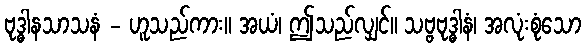
ဗုဒ္ဓါနသာသနံ - ဟူသည်ကား။ အယံ၊ ဤသည်လျှင်။ သဗ္ဗဗုဒ္ဓါနံ၊ အလုံးစုံသော